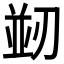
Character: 𭄀